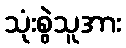
သုံးစွဲသူအား